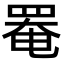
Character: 罨